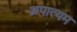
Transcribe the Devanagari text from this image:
अपात्यम